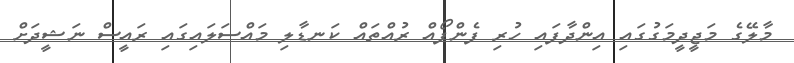
މާލޭގެ މަޖީދީމަގުގައި އިންދާފައި ހުރި ފެންފޯއް ރުއްތައް ކަނޑާލި މައްސަލައިގައި ރައީސް ނަޝީދަށް